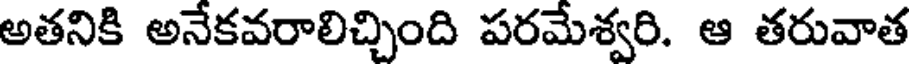
అతనికి అనేకవరాలిచ్చింది పరమేశ్వరి. ఆ తరువాత